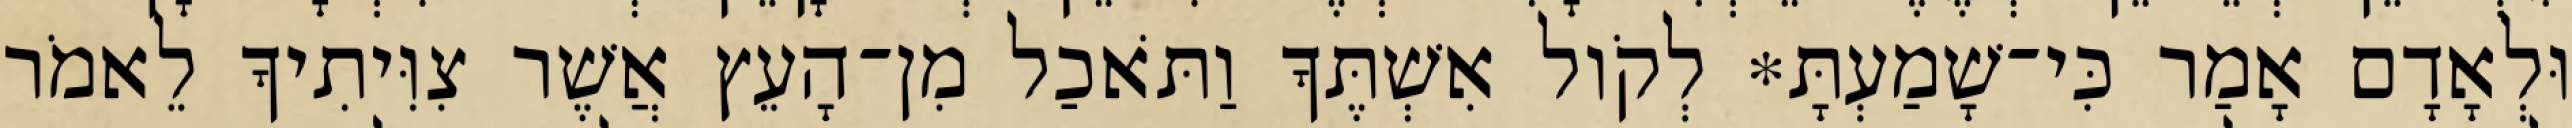
וּלְאָדָם אָמַר כִּי־שָׁמַעְתָּ* לְקֹול אִשְׁתֶּךָ וַתֹּאכַל מִן־הָעֵץ אֲשֶׁר צִוִּיתִיךָ לֵאמֹר